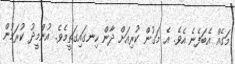
މަގެއް އެބަފެނެ އެވެ. އެ މަގުން ކުރިއަށް ދާން ހިނގައިގަތީމެވެ. އުންމީދު ކުރަމުން